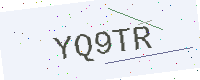
Text: YQ9TR